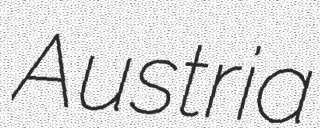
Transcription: Austria